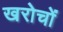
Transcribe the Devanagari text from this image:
खरोचों